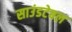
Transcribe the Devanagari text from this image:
साउंडटेबल